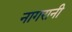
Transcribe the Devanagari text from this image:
नागरानी